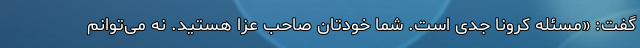
گفت: «مسئله کرونا جدی است. شما خودتان صاحب عزا هستید. نه می‌توانم